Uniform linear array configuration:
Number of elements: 4
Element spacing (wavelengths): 0.75
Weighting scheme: cosine
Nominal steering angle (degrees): -60
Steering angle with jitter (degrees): -58.402
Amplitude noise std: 0.05
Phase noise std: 0.05

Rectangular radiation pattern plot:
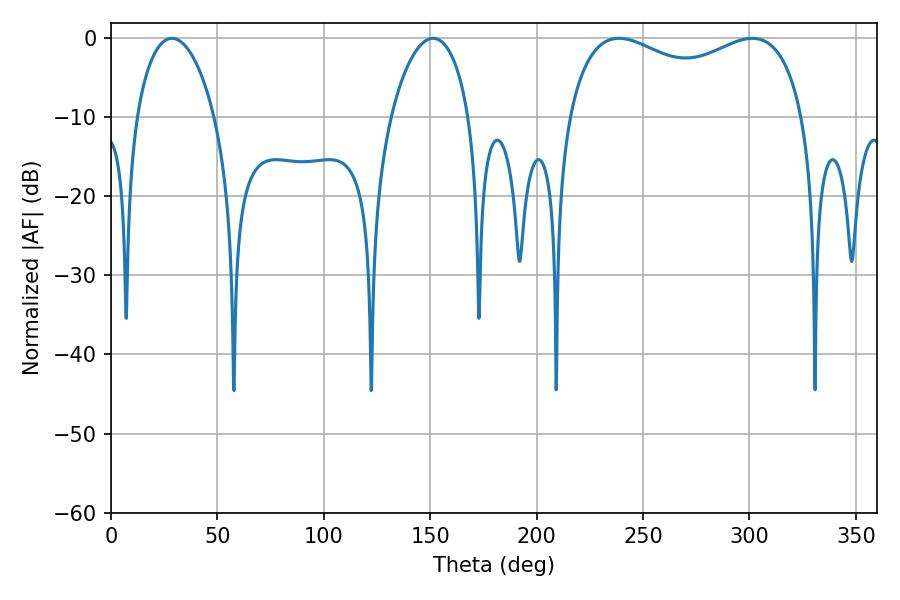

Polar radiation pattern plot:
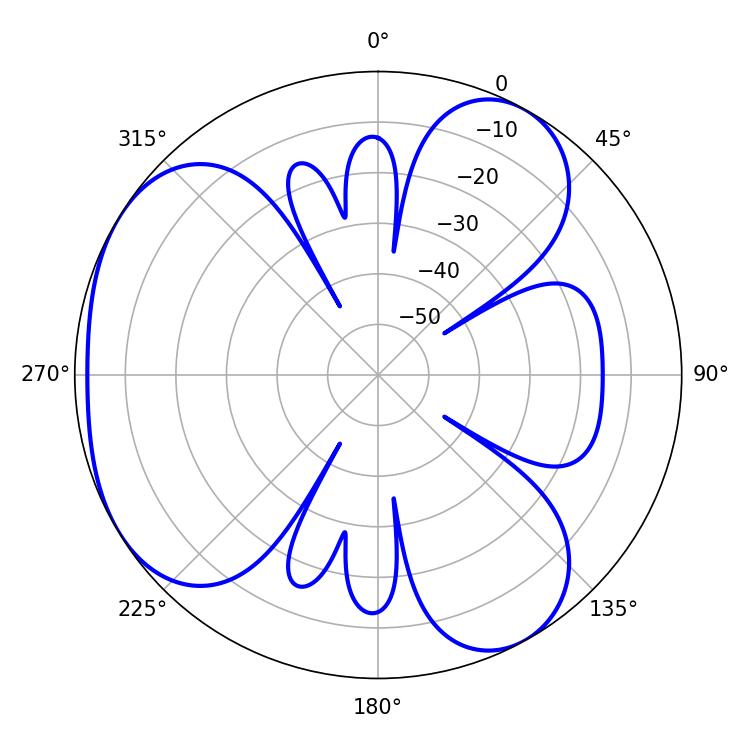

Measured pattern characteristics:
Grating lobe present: TRUE
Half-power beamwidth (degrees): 91.8
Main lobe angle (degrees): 238.68